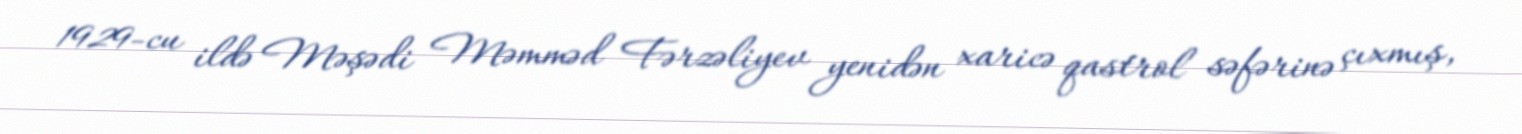
1929-cu ildə Məşədi Məmməd Fərzəliyev yenidən xaricə qastrol səfərinə çıxmış,